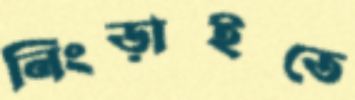
নিংড়াইতে